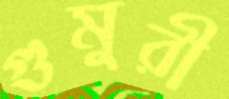
গুমুরী